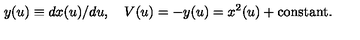
y ( u ) \equiv d x ( u ) / { d u } , \quad V ( u ) = - y ( u ) = x ^ { 2 } ( u ) + \mathrm { c o n s t a n t } .